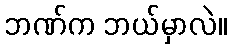
ဘဏ်က ဘယ်မှာလဲ။